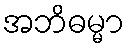
အဘိဓမ္မာ